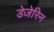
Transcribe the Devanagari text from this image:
डेजेरिन